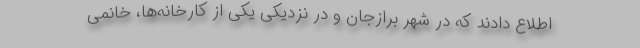
اطلاع دادند که در شهر برازجان و در نزدیکی یکی از کارخانه‌ها، خانمی